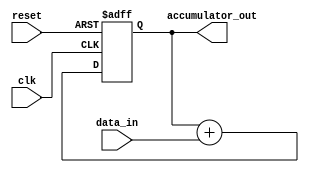
module accumulator (
    input wire clk,
    input wire reset,
    input wire [7:0] data_in,
    output wire [15:0] accumulator_out
);

reg [15:0] accumulator;

always @ (posedge clk or posedge reset)
begin
    if (reset)
        accumulator <= 16'b0;
    else
        accumulator <= accumulator + data_in;
end

assign accumulator_out = accumulator;

endmodule